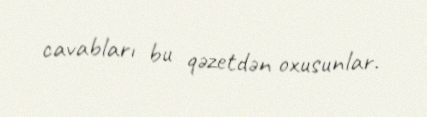
cavabları bu qəzetdən oxusunlar.